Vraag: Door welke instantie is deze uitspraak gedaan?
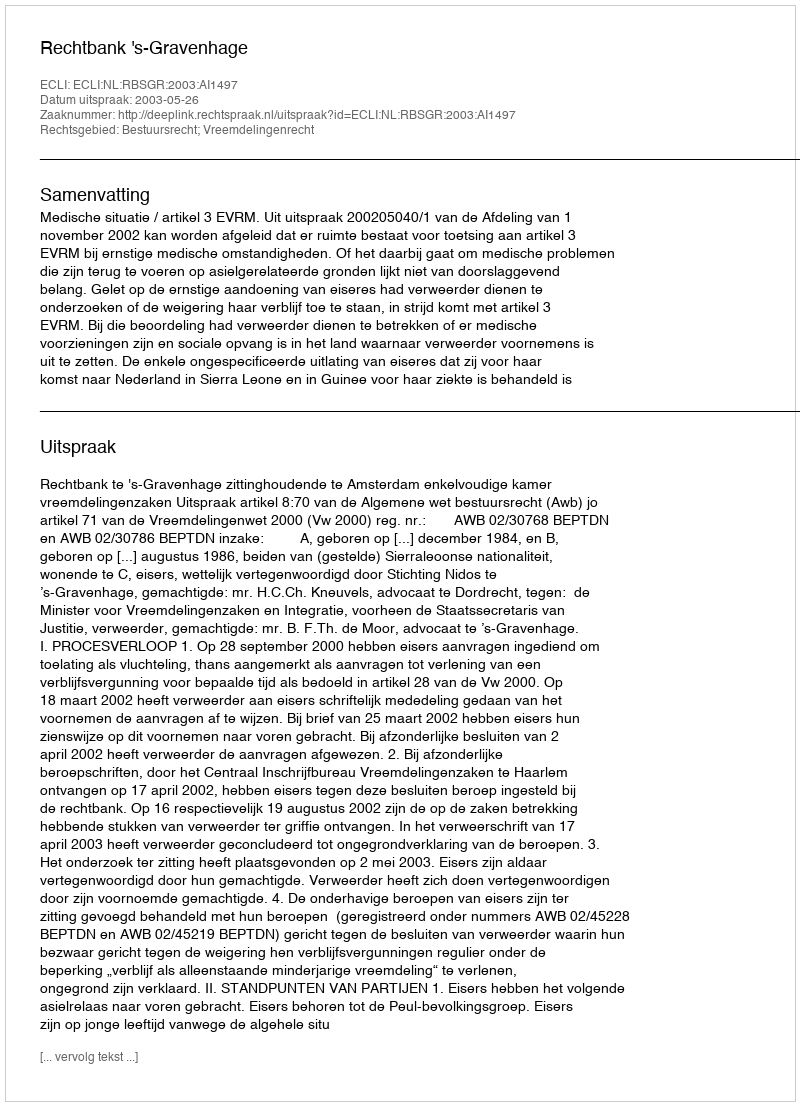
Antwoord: Rechtbank 's-Gravenhage